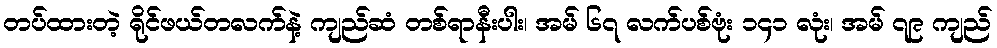
တပ်ထားတဲ့ ရိုင်ဖယ်တလက်နဲ့ ကျည်ဆံ တစ်ရာနီးပါး၊ အမ် ၆၇ လက်ပစ်ဗုံး ၁၄၁ လုံး၊ အမ် ၇၉ ကျည်